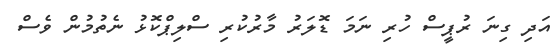
އަދި ގިނަ ރުޕީސް ހުރި ނަމަ ޑޮލަރު މާރުކުރި ސްލިޕްކޮޅު ނެތުމުން ވެސް